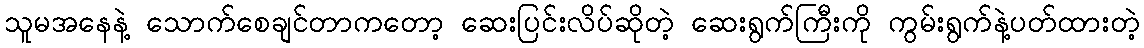
သူမအနေနဲ့ သောက်စေချင်တာကတော့ ဆေးပြင်းလိပ်ဆိုတဲ့ ဆေးရွက်ကြီးကို ကွမ်းရွက်နဲ့ပတ်ထားတဲ့